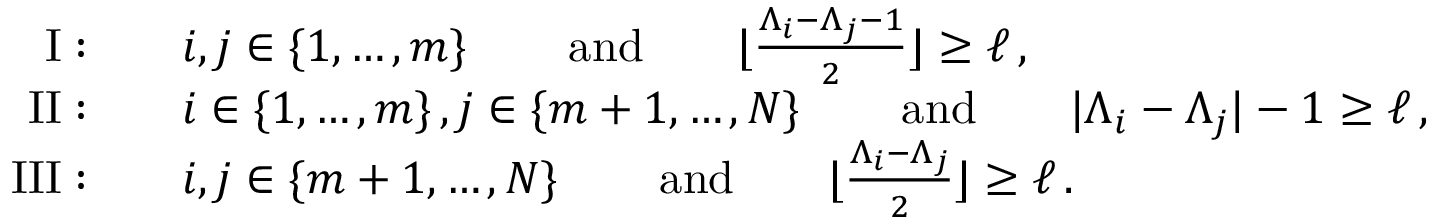
\begin{array} { r l } { { \mathrm { { I } } : } } & { { \quad i , j \in \{ 1 , \dots , m \} \, \qquad { \mathrm { a n d } } \qquad \lfloor \frac { \Lambda _ { i } - \Lambda _ { j } - 1 } { 2 } \rfloor \geq \ell \, , } } \\ { { \mathrm { { I I } } : } } & { { \quad i \in \{ 1 , \dots , m \} \, , j \in \{ m + 1 , \dots , N \} \, \qquad { \mathrm { a n d } } \qquad | \Lambda _ { i } - \Lambda _ { j } | - 1 \geq \ell \, , } } \\ { { \mathrm { { I I I } } : } } & { { \quad i , j \in \{ m + 1 , \dots , N \} \, \qquad { \mathrm { a n d } } \qquad \lfloor \frac { \Lambda _ { i } - \Lambda _ { j } } { 2 } \rfloor \geq \ell \, . } } \end{array}